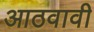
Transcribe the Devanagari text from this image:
आठवावी